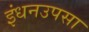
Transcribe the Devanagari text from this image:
इंधनउपसा